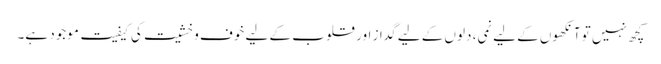
کچھ نہیں تو آنکھوں کے لیے نمی، دلوں کے لیے گداز اور قلوب کے لیے خوف و خشیت کی کیفیت موجود ہے۔